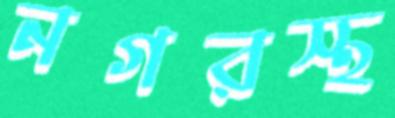
নগরস্থ